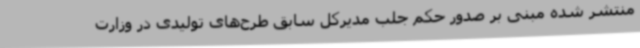
منتشر شده مبنی بر صدور حکم جلب مدیرکل سابق طرح‌های تولیدی در وزارت